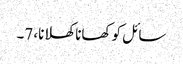
سائل کو کھانا کھلانا، 7۔